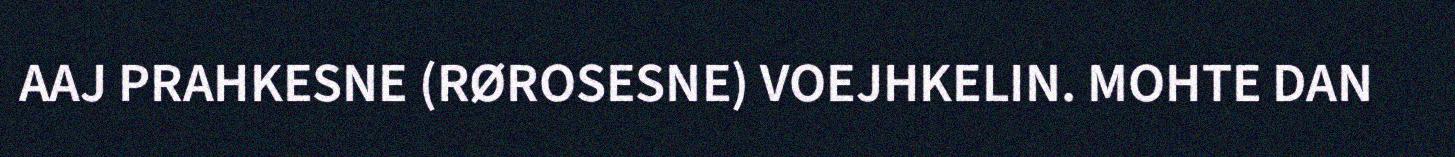
AAJ PRAHKESNE (RØROSESNE) VOEJHKELIN. MOHTE DAN